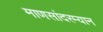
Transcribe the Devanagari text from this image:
माणसांदरम्यान